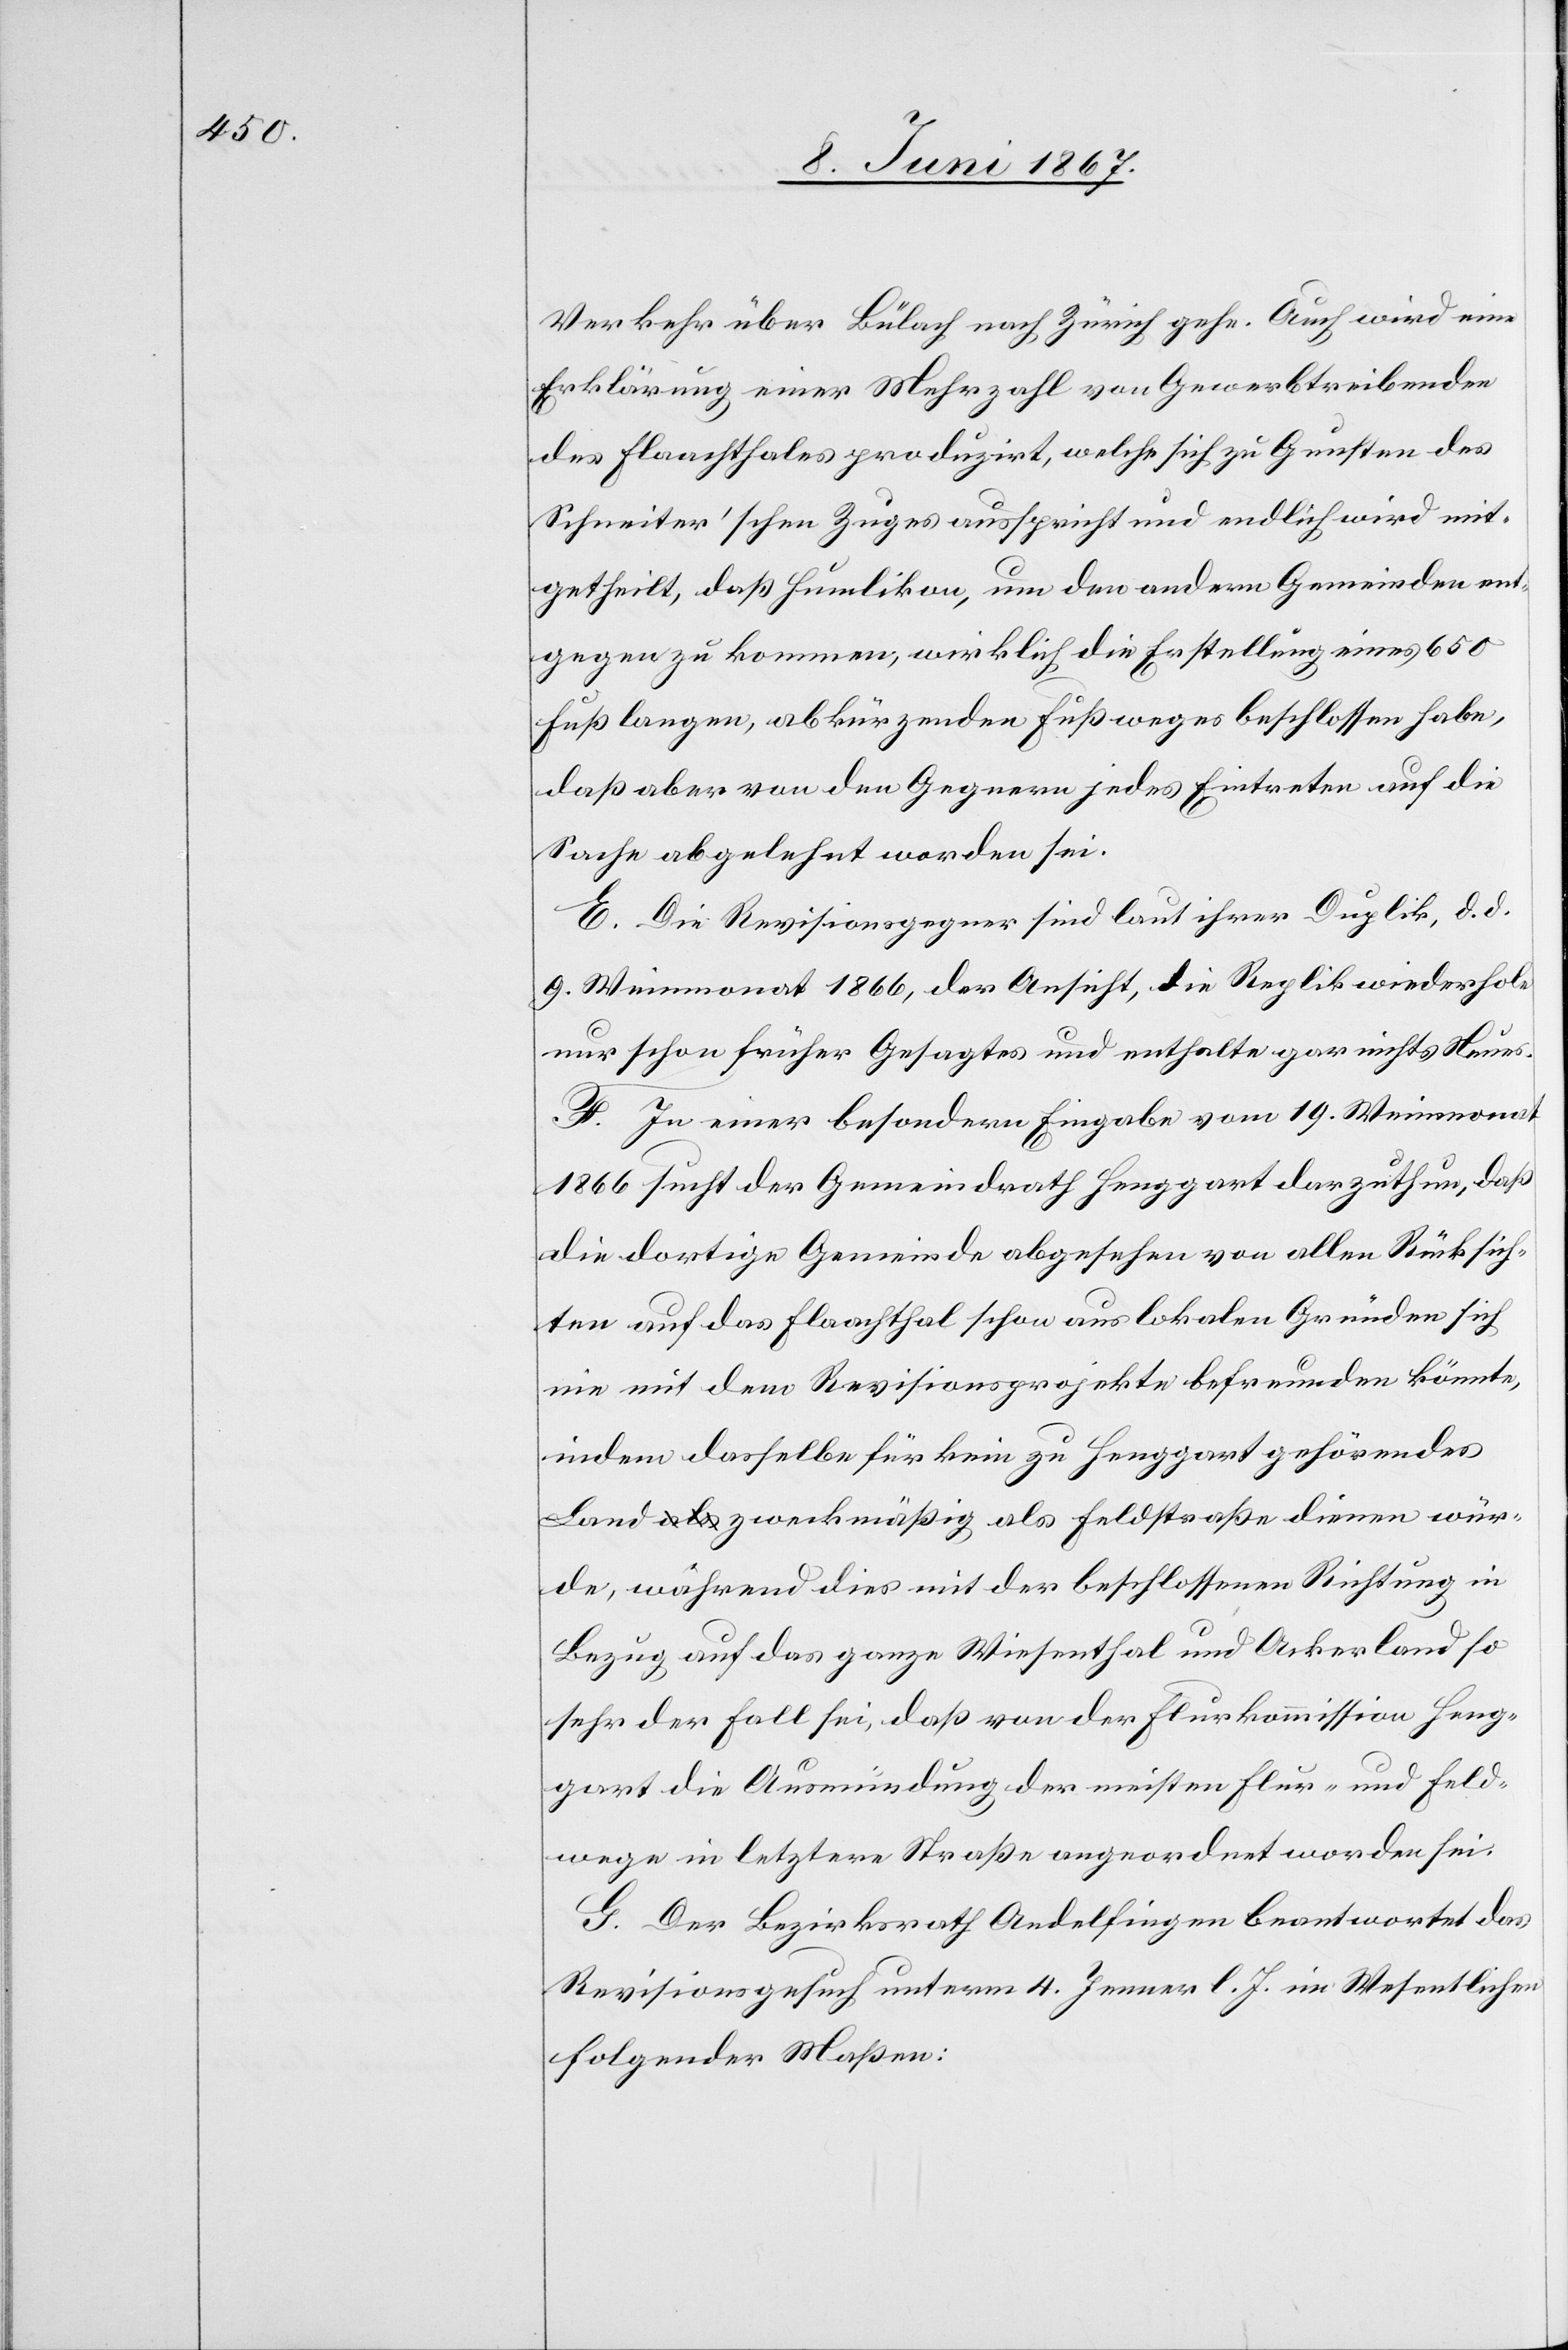
Verkehr über Bülach nach Zürich gehe. Auch wird eine
Erklärung einer Mehrzahl von Gewerbtreibenden
des Flaachthales produzirt, welche sich zu Gunsten des
Schneiter’schen Zuges ausspricht und endlich wird mit¬
getheilt, daß Humlikon, um den andern Gemeinden ent¬
gegen zu kommen, wirklich die Erstellung eines 650
Fuß langen, abkürzenden Fußweges beschlossen habe,
daß aber von den Gegnern jedes Eintreten auf die
Sache abgelehnt worden sei.
E. Die Revisionsgegner sind laut ihrer Duplik, d. d.
9. Wintermonat 1866, der Ansicht, die Replik wiederhole
nur schon früher Gesagtes und enthalte gar nichts Neues.
F. In einer besondern Eingabe vom 19. Weinmonat
1866 sucht der Gemeindrath Henggart darzuthun, daß
die dortige Gemeinde abgesehen von allen Rücksich¬
ten auf das Flaachthal schon aus lokalen Gründen sich
nie mit dem Revisionsprojekte befreunden könnte,
indem dasselbe für kein zu Henggart gehörendes
Land zweckmäßig als Feldstraße dienen wür¬
de, während dies mit der beschlossenen Richtung in
Bezug auf das ganze Wiesenthal und Ackerland so
sehr der Fall sei, daß von der Flurkommission Heng¬
gart die Ausmündung der meisten Flur- und Feld¬
wege in letztere Straße angeordnet worden sei.
G. Der Bezirksrath Andelfingen beantwortet das
Revisionsgesuch unterm 4. Jenner l. Js. im Wesentlichen
folgender Maßen: